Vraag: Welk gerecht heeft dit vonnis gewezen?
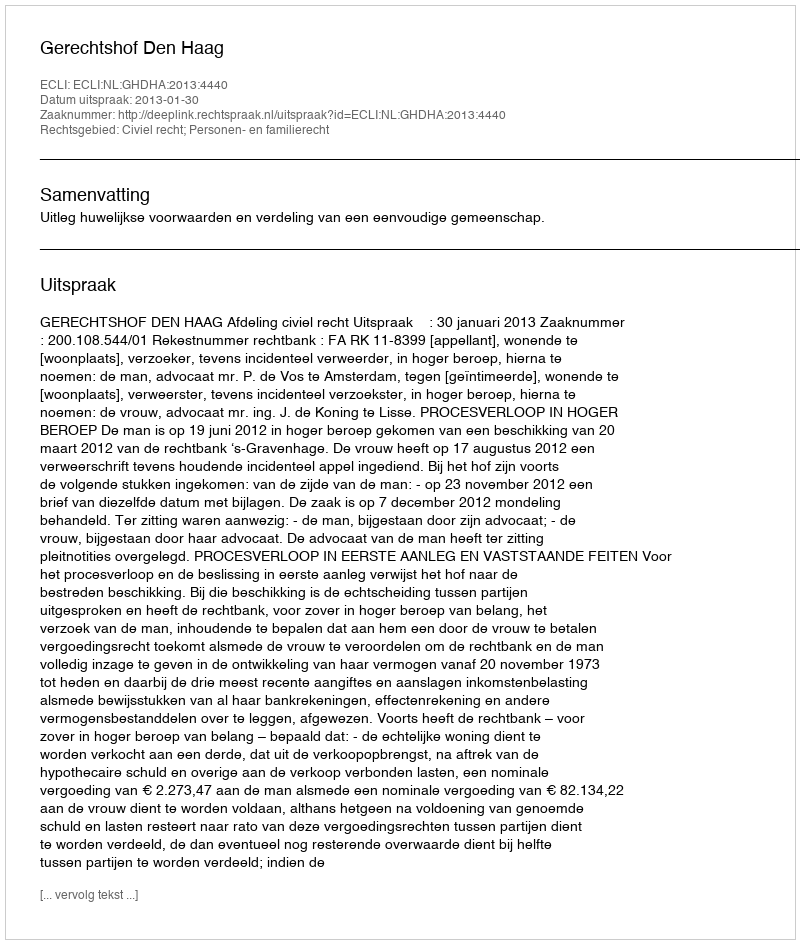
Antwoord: Gerechtshof Den Haag